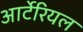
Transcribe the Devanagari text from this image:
आर्टेरियल